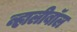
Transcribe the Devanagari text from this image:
व्हालीबॉल